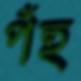
পঁহু